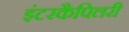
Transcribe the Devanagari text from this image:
इंटरकैपिलरी